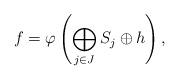
LaTeX: \begin{align*}f= \varphi\left(\bigoplus _{j\in J} S_j\oplus h\right),\end{align*}